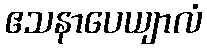
ဧသနာပေယျာလံ